Report on the bubonic plague in Bombay, 1896-1897
Year: 1896
Disease focus: Plague
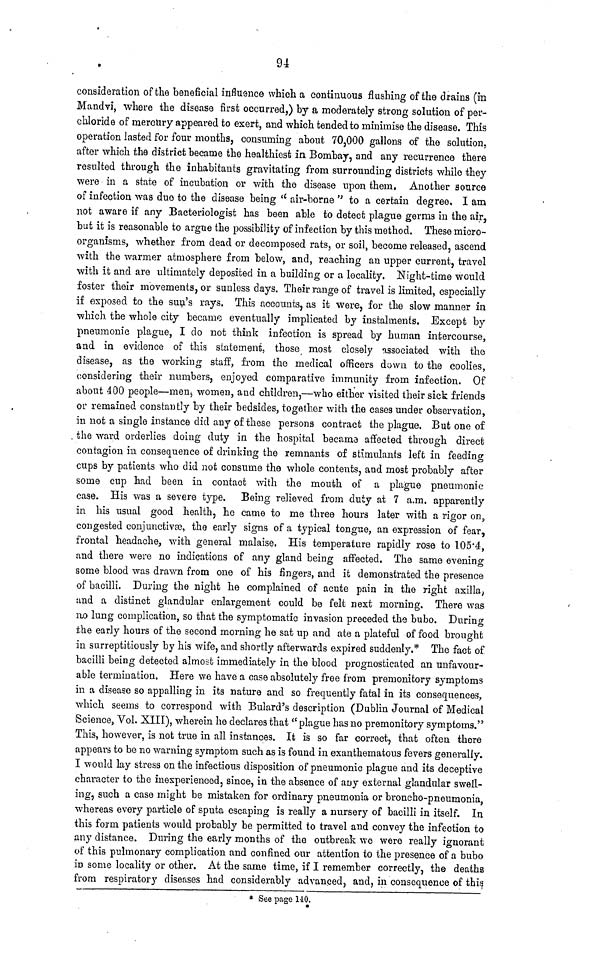
94
consideration of the beneficial influence which a continuous flashing of the drains (in
Mandvi, where the disease first occurred,) by a moderately strong solution of per-
chloride of mercury appeared to exert, and which tended to minimise the disease. This
operation lasted for four months, consuming about 70,000 gallons of the solution,
after which the district became the healthiest in Bombay, and any recurrence there
resulted through the inhabitants gravitating from surrounding districts while they
were in a state of incubation or with the disease upon them. Another source
of infection was duo to the disease being " air-borne " to a certain degree, I am
not aware if any Bacteriologist has been able to detect plague germs in the air,
but it is reasonable to argue the possibility of infection by this method. These micro-
organisms, whether from dead or decomposed rats, or soil, become released, ascend
with the wanner atmosphere from below, and, reaching an upper current, travel
with it and are ultimately deposited in a building or a locality. Night-time would
foster their movements, or sunless days. Their range of travel is limited, especially
if exposed to the sun's rays. This accounts, as it were, for the slow manner in
which the whole city became eventually implicated by instalments. Except by
pneumonic plague, I do not think infection is spread by human intercourse,
and in evidence of this statement, those most closely associated with the
disease, as the working staff, from the medical officers down to the coolies,
considering their numbers, enjoyed comparative immunity from infection. Of
about 400 people—men, women, and children,—who either visited their sick friends
or remained constantly by their bedsides, together with the cases under observation,
in not a single instance did any of these persons contract the plague. But one of
the ward orderlies doing duty in the hospital became affected through direct
contagion in consequence of drinking the remnants of stimulants left in feeding
cups by patients who did not consume the whole contents, and most probably after
some cup had been in contact with the mouth of a plague pneumonic
case. His was a severe type. Being relieved from duty at 7 a.m. apparently
in his usual good health, he came to me three hours later with a rigor on,
congested conjunctive, the early signs of a typical tongue, an expression of fear,
frontal headache, with general malaise. His temperature rapidly rose to 105.4,
and there were no indications of any gland being affected. The same evening
some blood was drawn from one of his fingers, and it demonstrated the presence
of bacilli. During the night he complained of acute pain in the right axilla,
and a distinct glandular enlargement could be felt next morning. There was
no lung complication, so that the symptomatic invasion preceded the bubo. During
the early hours of the second morning he sat up and ate a plateful of food brought
in surreptitiously by his wife, and shortly afterwards expired suddenly.* The fact of
bacilli being detected almost immediately in the blood prognosticated an unfavour-
able termination. Here we have a case absolutely free from premonitory symptoms
in a disease so appalling in its nature and so frequently fatal in its consequences,
which seems to correspond with Bulard's description (Dublin Journal of Medical
Science, Vol. XIII), wherein he declares that " plague has no premonitory symptoms."
This, however, is not true in all instances. It is so far correct, that often there
appears to be no warning symptom such as is found in exanthematous fevers generally.
I would lay stress on the infectious disposition of pneumonic plague and its deceptive
character to the inexperienced, since, in the absence of any external glandular swell-
ing, such a case might be mistaken for ordinary pneumonia or broncho-pneumonia,
whereas every particle of sputa escaping is really a nursery of bacilli in itself. In
this form patients would probably be permitted to travel and convey the infection to
any distance. During the early months of the outbreak we were really ignorant
of this pulmonary complication and confined our attention to the presence of a bubo
in some locality or other. At the same time, if I remember correctly, the deaths
from respiratory diseases had considerably advanced, and, in consequence of this
* See page 140.